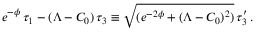
e ^ { - \phi } \, \tau _ { 1 } - ( \Lambda - C _ { 0 } ) \, \tau _ { 3 } \equiv \sqrt { ( e ^ { - 2 \phi } + ( \Lambda - C _ { 0 } ) ^ { 2 } ) } \, \tau _ { 3 } ^ { \prime } \, .